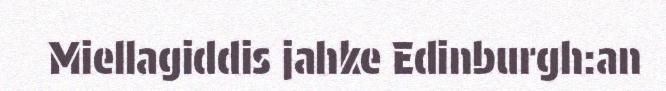
Miellagiddis jahke Edinburgh:an